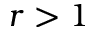
r > 1